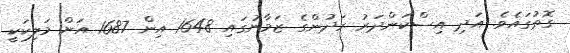
ގޮތުގައެވެ. އަދި އިސްކަންދަރު ރަދުންގެ ޒަމާނުގައި 1648 އިން 1687 އަށް މަލިކަކީ